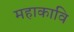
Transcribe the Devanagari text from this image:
महाकावि